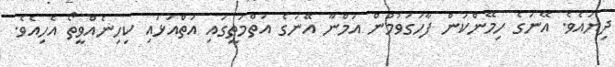
ދިޔައެވެ. އޭނަގެ ހިމޭންކަން ފާހަގަވުމުން އަމްނާ އޭނަގެ އަތްމަތީގައި އަތްއަޅައި ކިހިނެއްވީތޯ އެހިއެވެ.